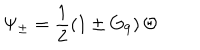
\Psi _ { \pm } = \frac { 1 } { 2 } \left( 1 \pm G _ { 9 } \right) \Theta